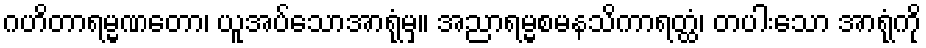
ဂဟိတာရမ္မဏတော၊ ယူအပ်သောအာရုံမှ။ အညာရမ္မစမနသိကာရတ္ထံ၊ တပါးသော အာရုံကို